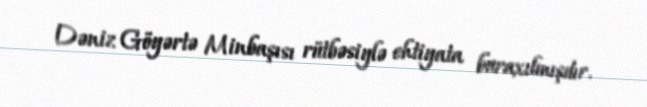
Dəniz Göyərtə Minbaşısı rütbəsiylə ehtiyata buraxılmışdır.